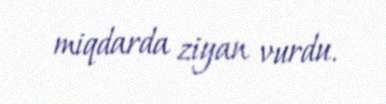
miqdarda ziyan vurdu.